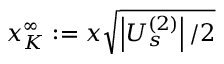
x _ { K } ^ { \infty } : = x \sqrt { \left| U _ { s } ^ { ( 2 ) } \right| / 2 }